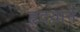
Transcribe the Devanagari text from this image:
हृदयाने